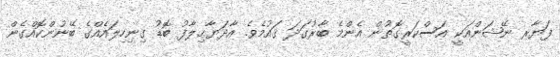
ފަޔާރ ނޭޝަންއަކީ އަސްކަރީގޮތުން އެންމެ ބާރުގަދަ ޤައުމެވެ. އާދަޔާޙިލާފު ބޮޑު ގިނިހިލައެއްގެ ބޭނުންކޮއްގެން